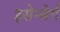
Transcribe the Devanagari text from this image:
इसेन्बेर्ग